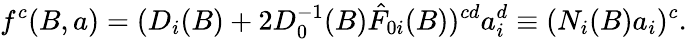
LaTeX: f^{c}(B,a)=(D_{i}(B)+2D_{0}^{-1}(B)\hat{F}_{0i}(B))^{cd}a_{i}^{d}\equiv(N_{i}(B)a_{i})^{c}.